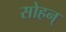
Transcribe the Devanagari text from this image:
सोहन्